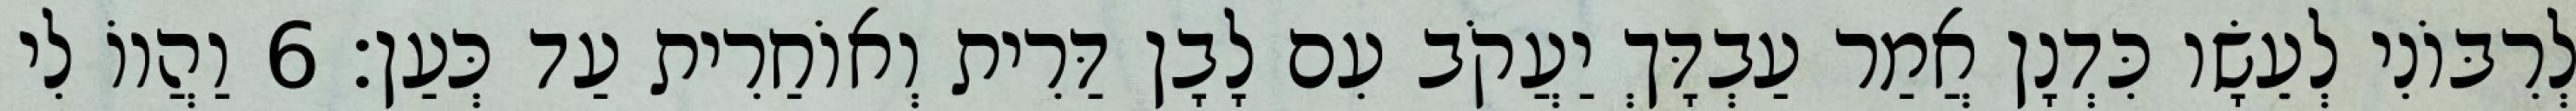
לְרִבּוֹנִי לְעֵשָׂו כִּדְנָן אֲמַר עַבְדָּךְ יַעֲקֹב עִם לָבָן דַּרִית וְאוֹחַרִית עַד כְּעַן׃ 6 וַהֲווֹ לִי